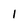
Character: 1